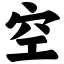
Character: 空